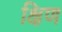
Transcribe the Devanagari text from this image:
क्षिण